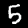
Digit: 5